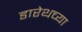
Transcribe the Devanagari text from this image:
डारेथच्या